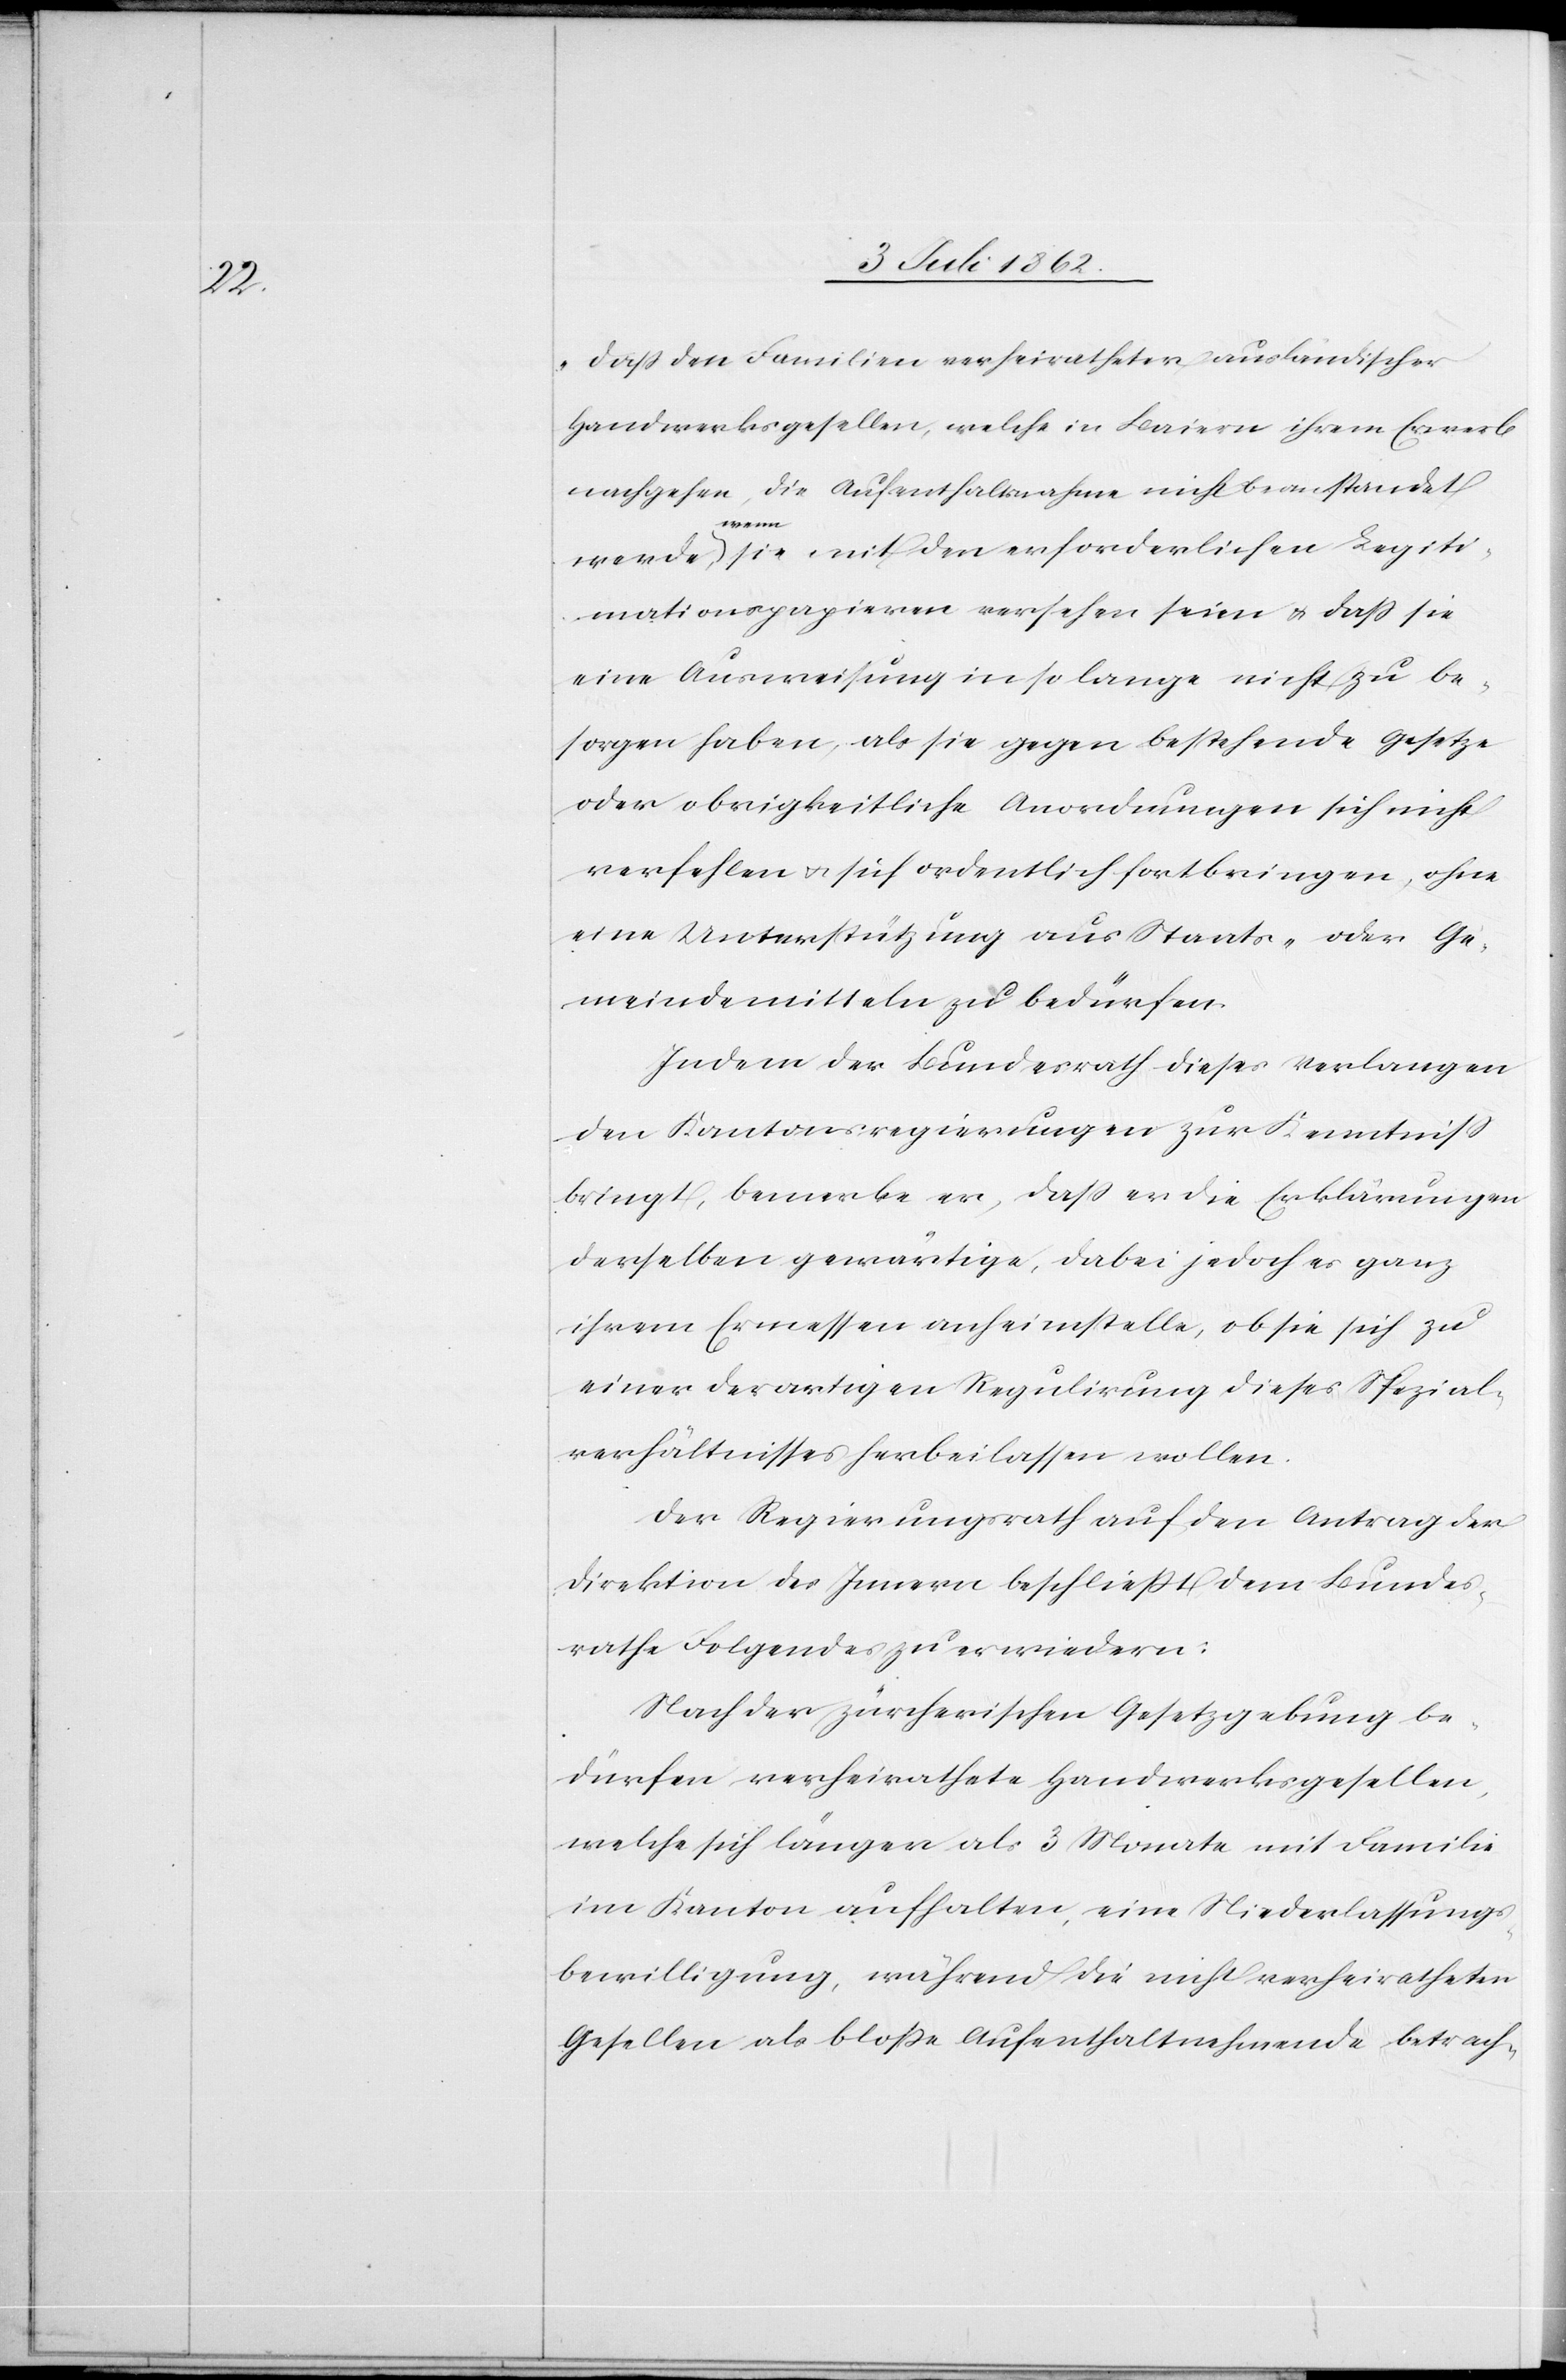
„Daß den Familien verheiratheter ausländischer
Handwerksgesellen, welche in Baiern ihrem Erwerb
nachgehen, die Aufenthaltsnahme nicht beanstandet
werde, wenn sie mit den erforderlichen Legiti¬
mationspapieren versehen seien u. daß sie
eine Ausweisung in so lange nicht zu be¬
sorgen haben, als sie gegen bestehende Gesetze
oder obrigkeitliche Anordnungen sich nicht
verfehlen u. sich ordentlich fortbringen, ohne
eine Unterstützung aus Staats- oder Ge¬
meindemitteln zu bedürfen.
Indem der Bundesrath dieses Verlangen
den Kantonsregierungen zur Kenntniß
bringt, bemerke er, daß er die Erklärungen
derselben gewärtige, dabei jedoch es ganz
ihrem Ermessen anheimstelle, ob sie sich zu
einer derartigen Regulirung dieses Spezial¬
verhältnisses herbeilassen wollen.
Der Regierungsrath auf den Antrag der
Direktion des Innern beschließt dem Bundes¬
rathe folgendes zu erwiedern:
Nach der zürcherischen Gesetzgebung be¬
dürfen verheirathete Handwerksgesellen,
welche sich länger als 3 Monate mit Familie
im Kanton aufhalten, eine Niederlassungs¬
bewilligung, während die nicht verheiratheten
Gesellen als bloße Aufenthaltnehmende betrach-